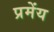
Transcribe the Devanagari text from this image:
प्रमेंय